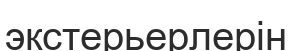
экстерьерлерін